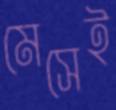
মেসেই